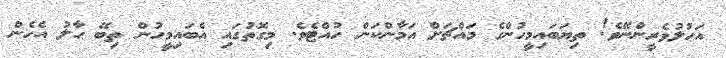
އަހުލުވެރީންނޭވެ! ތިޔަބައިމީހުންގެ މައްޗަށް އަމާންކަން ހުއްޓެވެ. މިގޮތުގައި އެބައިމީހުން ތިބޭ ޙާލު އެހެން